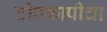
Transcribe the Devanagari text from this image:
टोपकापीचा